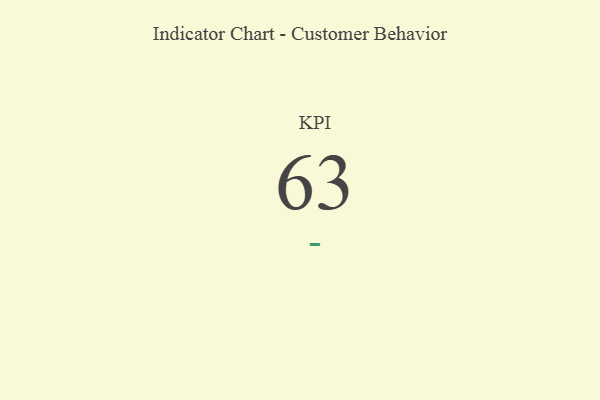
{"axis": {"x": "KPI", "y": "Value"}, "legend": [""], "data": [{"x": "KPI", "y": 63, "type": ""}]}